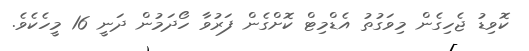
ކޮވިޑު ޖެހިގެން މިވަގުތު އެޑްމިޓް ކޮށްގެން ފަރުވާ ހޯދަމުން ދަނީ 16 މީހެކެވެ.